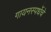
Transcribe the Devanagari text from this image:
गायनस्पर्धेचे